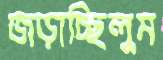
জড়াচ্ছিলুম